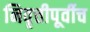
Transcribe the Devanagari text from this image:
निवृत्तीपूर्वीच